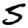
Digit: 5